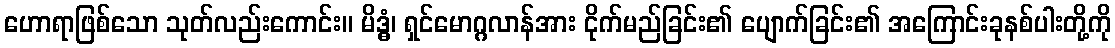
ဟောရာဖြစ်သော သုတ်လည်းကောင်း။ မိဒ္ဓံ၊ ရှင်မောဂ္ဂလာန်အား ငိုက်မည်ခြင်း၏ ပျောက်ခြင်း၏ အကြောင်းခုနစ်ပါးတို့ကို